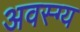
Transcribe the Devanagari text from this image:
अवस्ग्य